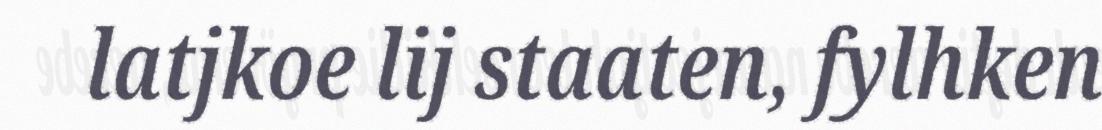
latjkoe lij staaten, fylhken